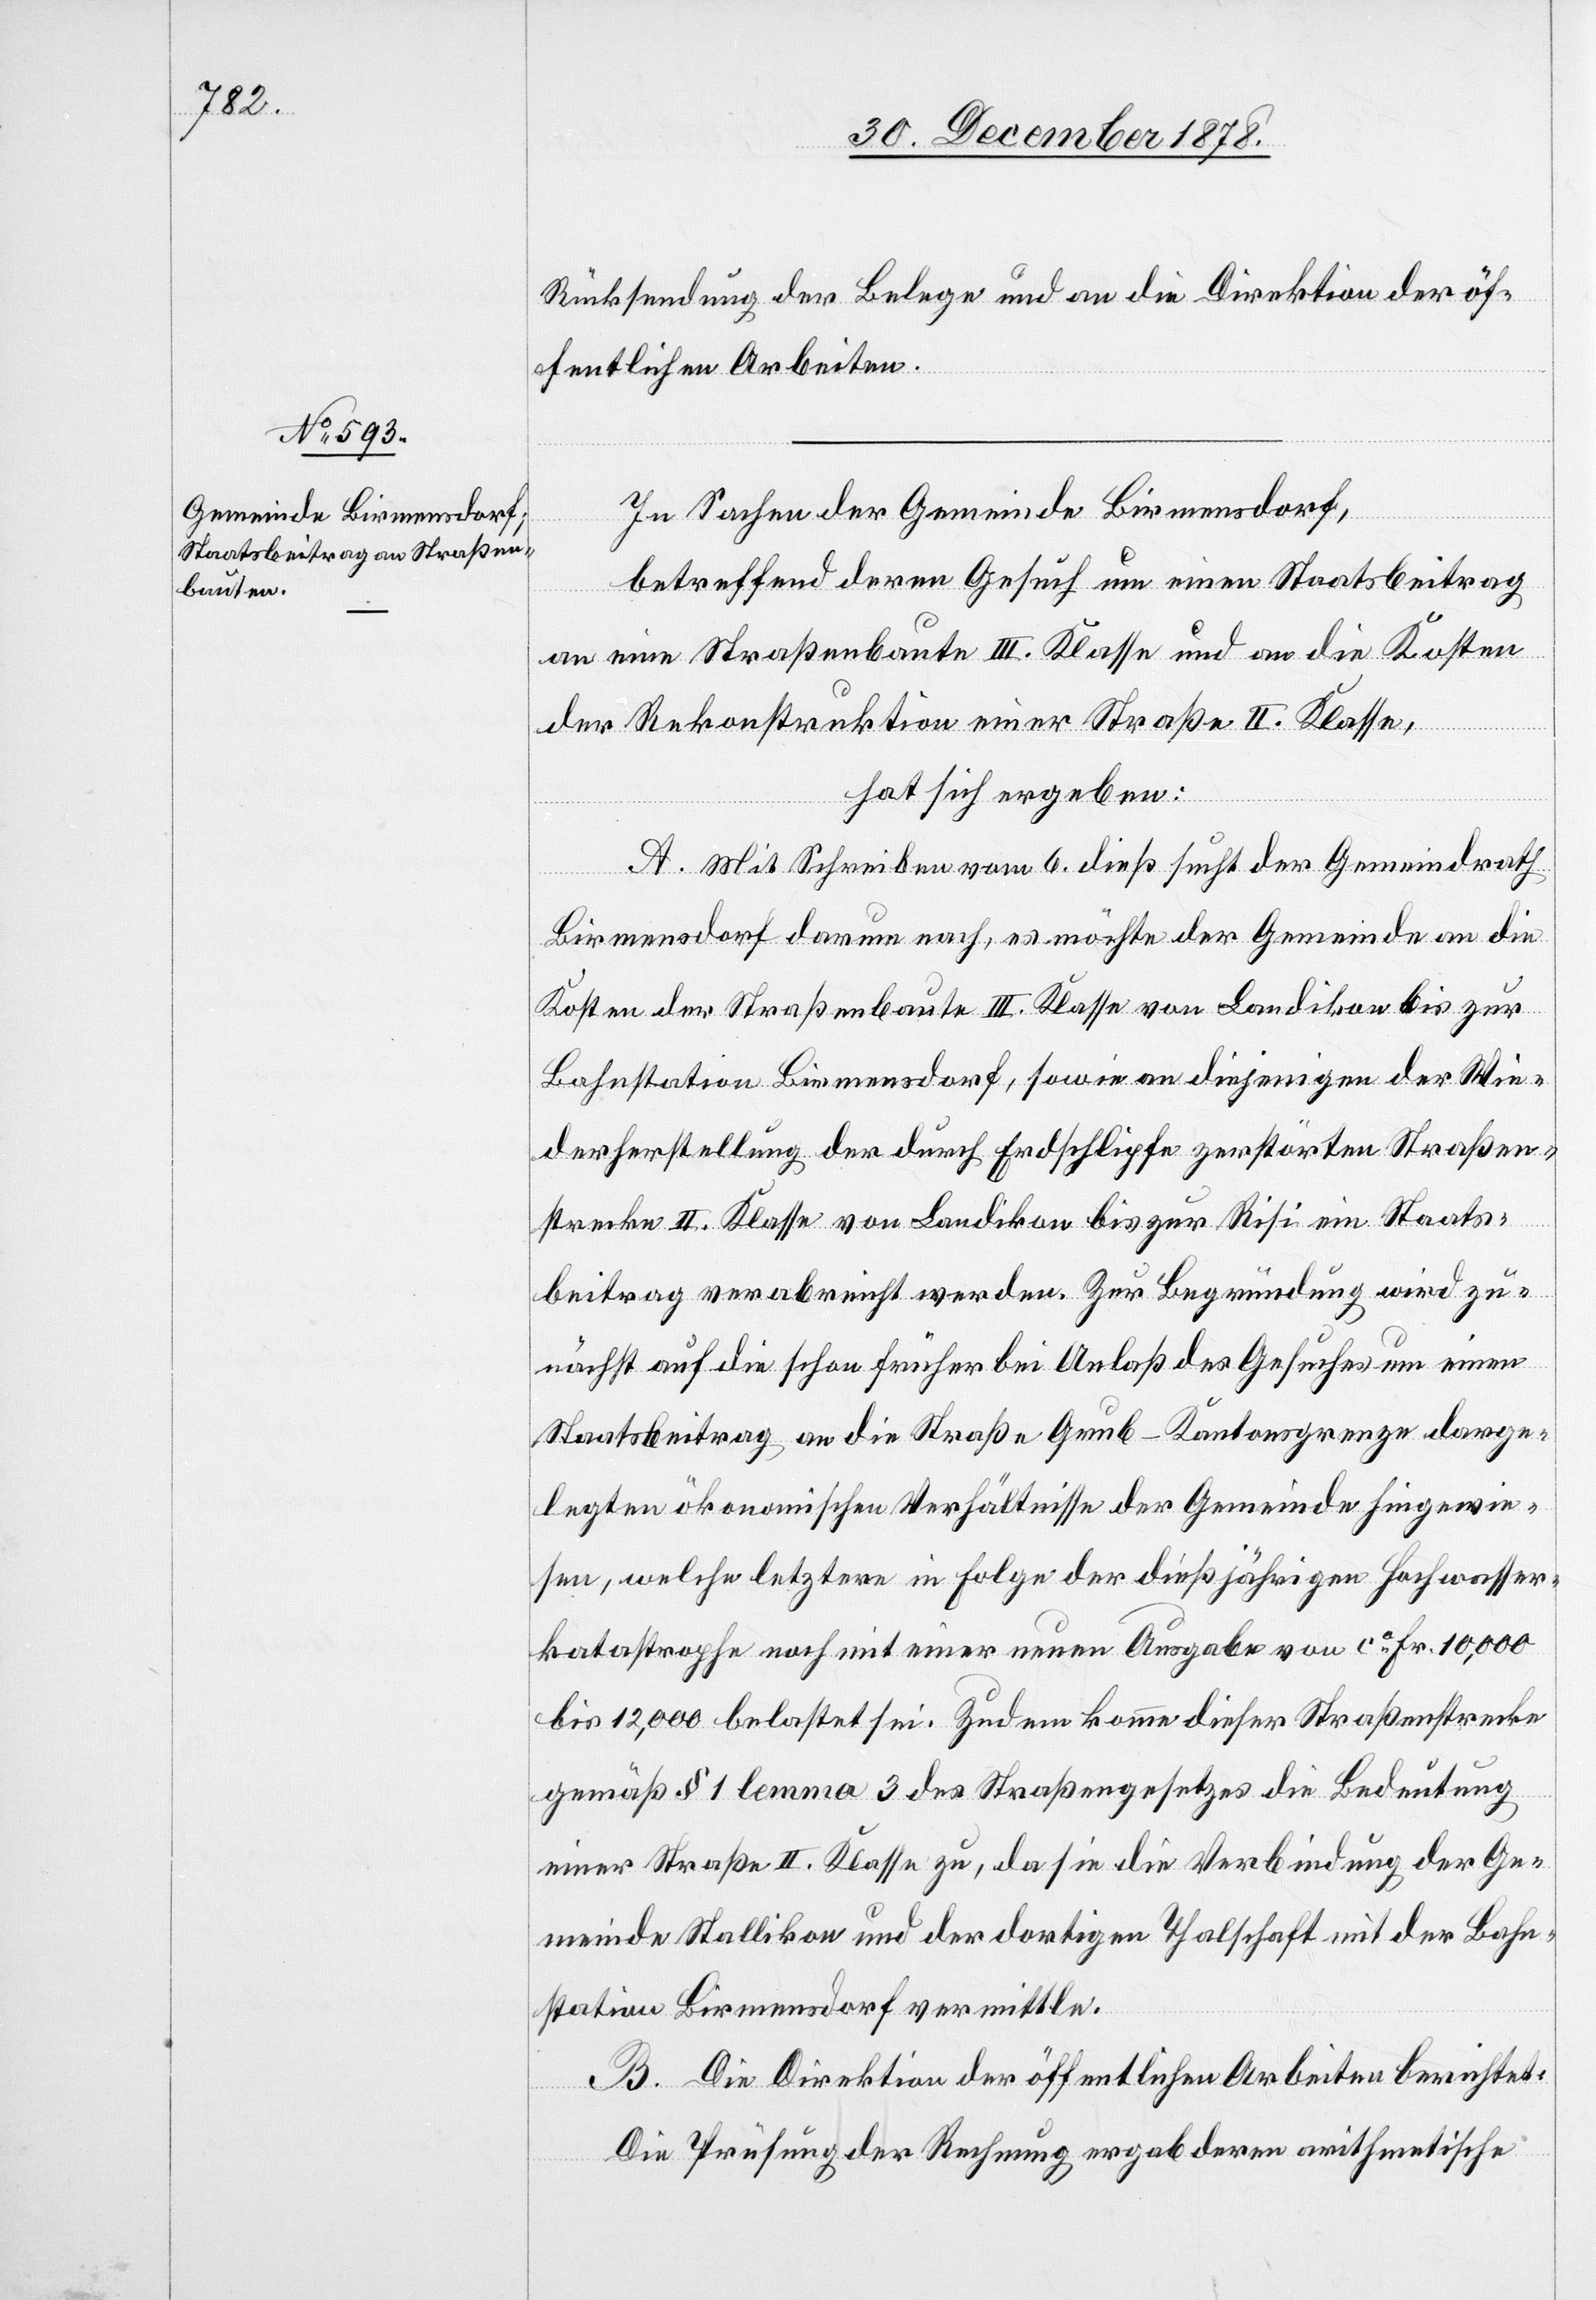
Rücksendung der Belege und an die Direktion der öf¬
fentlichen Arbeiten.
In Sachen der Gemeinde Birmensdorf,
betreffend deren Gesuch um einen Staatsbeitrag
an eine Straßenbaute III. Klasse und an die Kosten
der Rekonstruktion einer Straße II. Klasse,
hat sich ergeben:
A. Mit Schreiben vom 6. dieß sucht der Gemeindrath
Birmensdorf darum nach, es möchte der Gemeinde an die
Kosten der Straßenbaute III. Klasse von Landikon bis zur
Bahnstation Birmensdorf, sowie an diejenigen der Wie¬
derherstellung der durch Erdschlipfe zerstörten Straßen¬
strecke II. Klasse von Landikon bis zur Risi ein Staats¬
beitrag verabreicht werden. Zur Begründung wird zu¬
nächst auf die schon früher bei Anlaß des Gesuches um einen
Staatsbeitrag an die Straße Grub–Kantonsgrenze darge¬
legten ökonomischen Verhältnisse der Gemeinde hingewie¬
sen, welche letztere in Folge der dießjährigen Hochwasser¬
katastrophe noch mit einer neuen Ausgabe von ca Fr. 10,000
bis 12,000 belastet sei. Zudem komme dieser Straßenstrecke
gemäß § 1 lemma 3 des Straßengesetzes die Bedeutung
einer Straße II. Klasse zu, da sie die Verbindung der Ge¬
meinde Stallikon und der dortigen Thalschaft mit der Bahn¬
station Birmensdorf vermittle.
B. Die Direktion der öffentlichen Arbeiten berichtet:
Die Prüfung der Rechnung ergab deren arithmetische